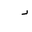
Letter: _dal